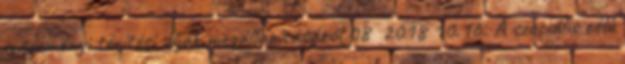
intézményi térítési díjak megállapításáról 08 2018 10.16. A szociális célú